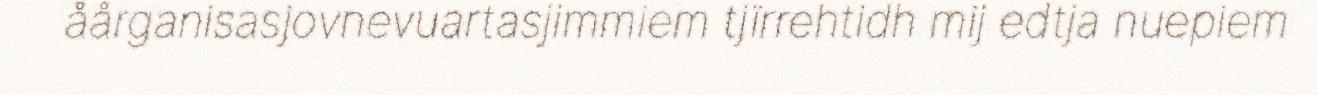
åårganisasjovnevuartasjimmiem tjïrrehtidh mij edtja nuepiem